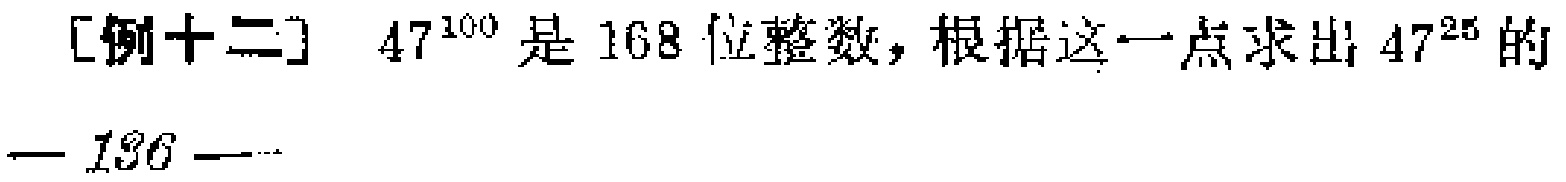
[例十二] \(47^{100}\) 是 168 位整数，根据这一点求出 \(47^{25}\) 的
— 136 —